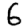
Digit: 6